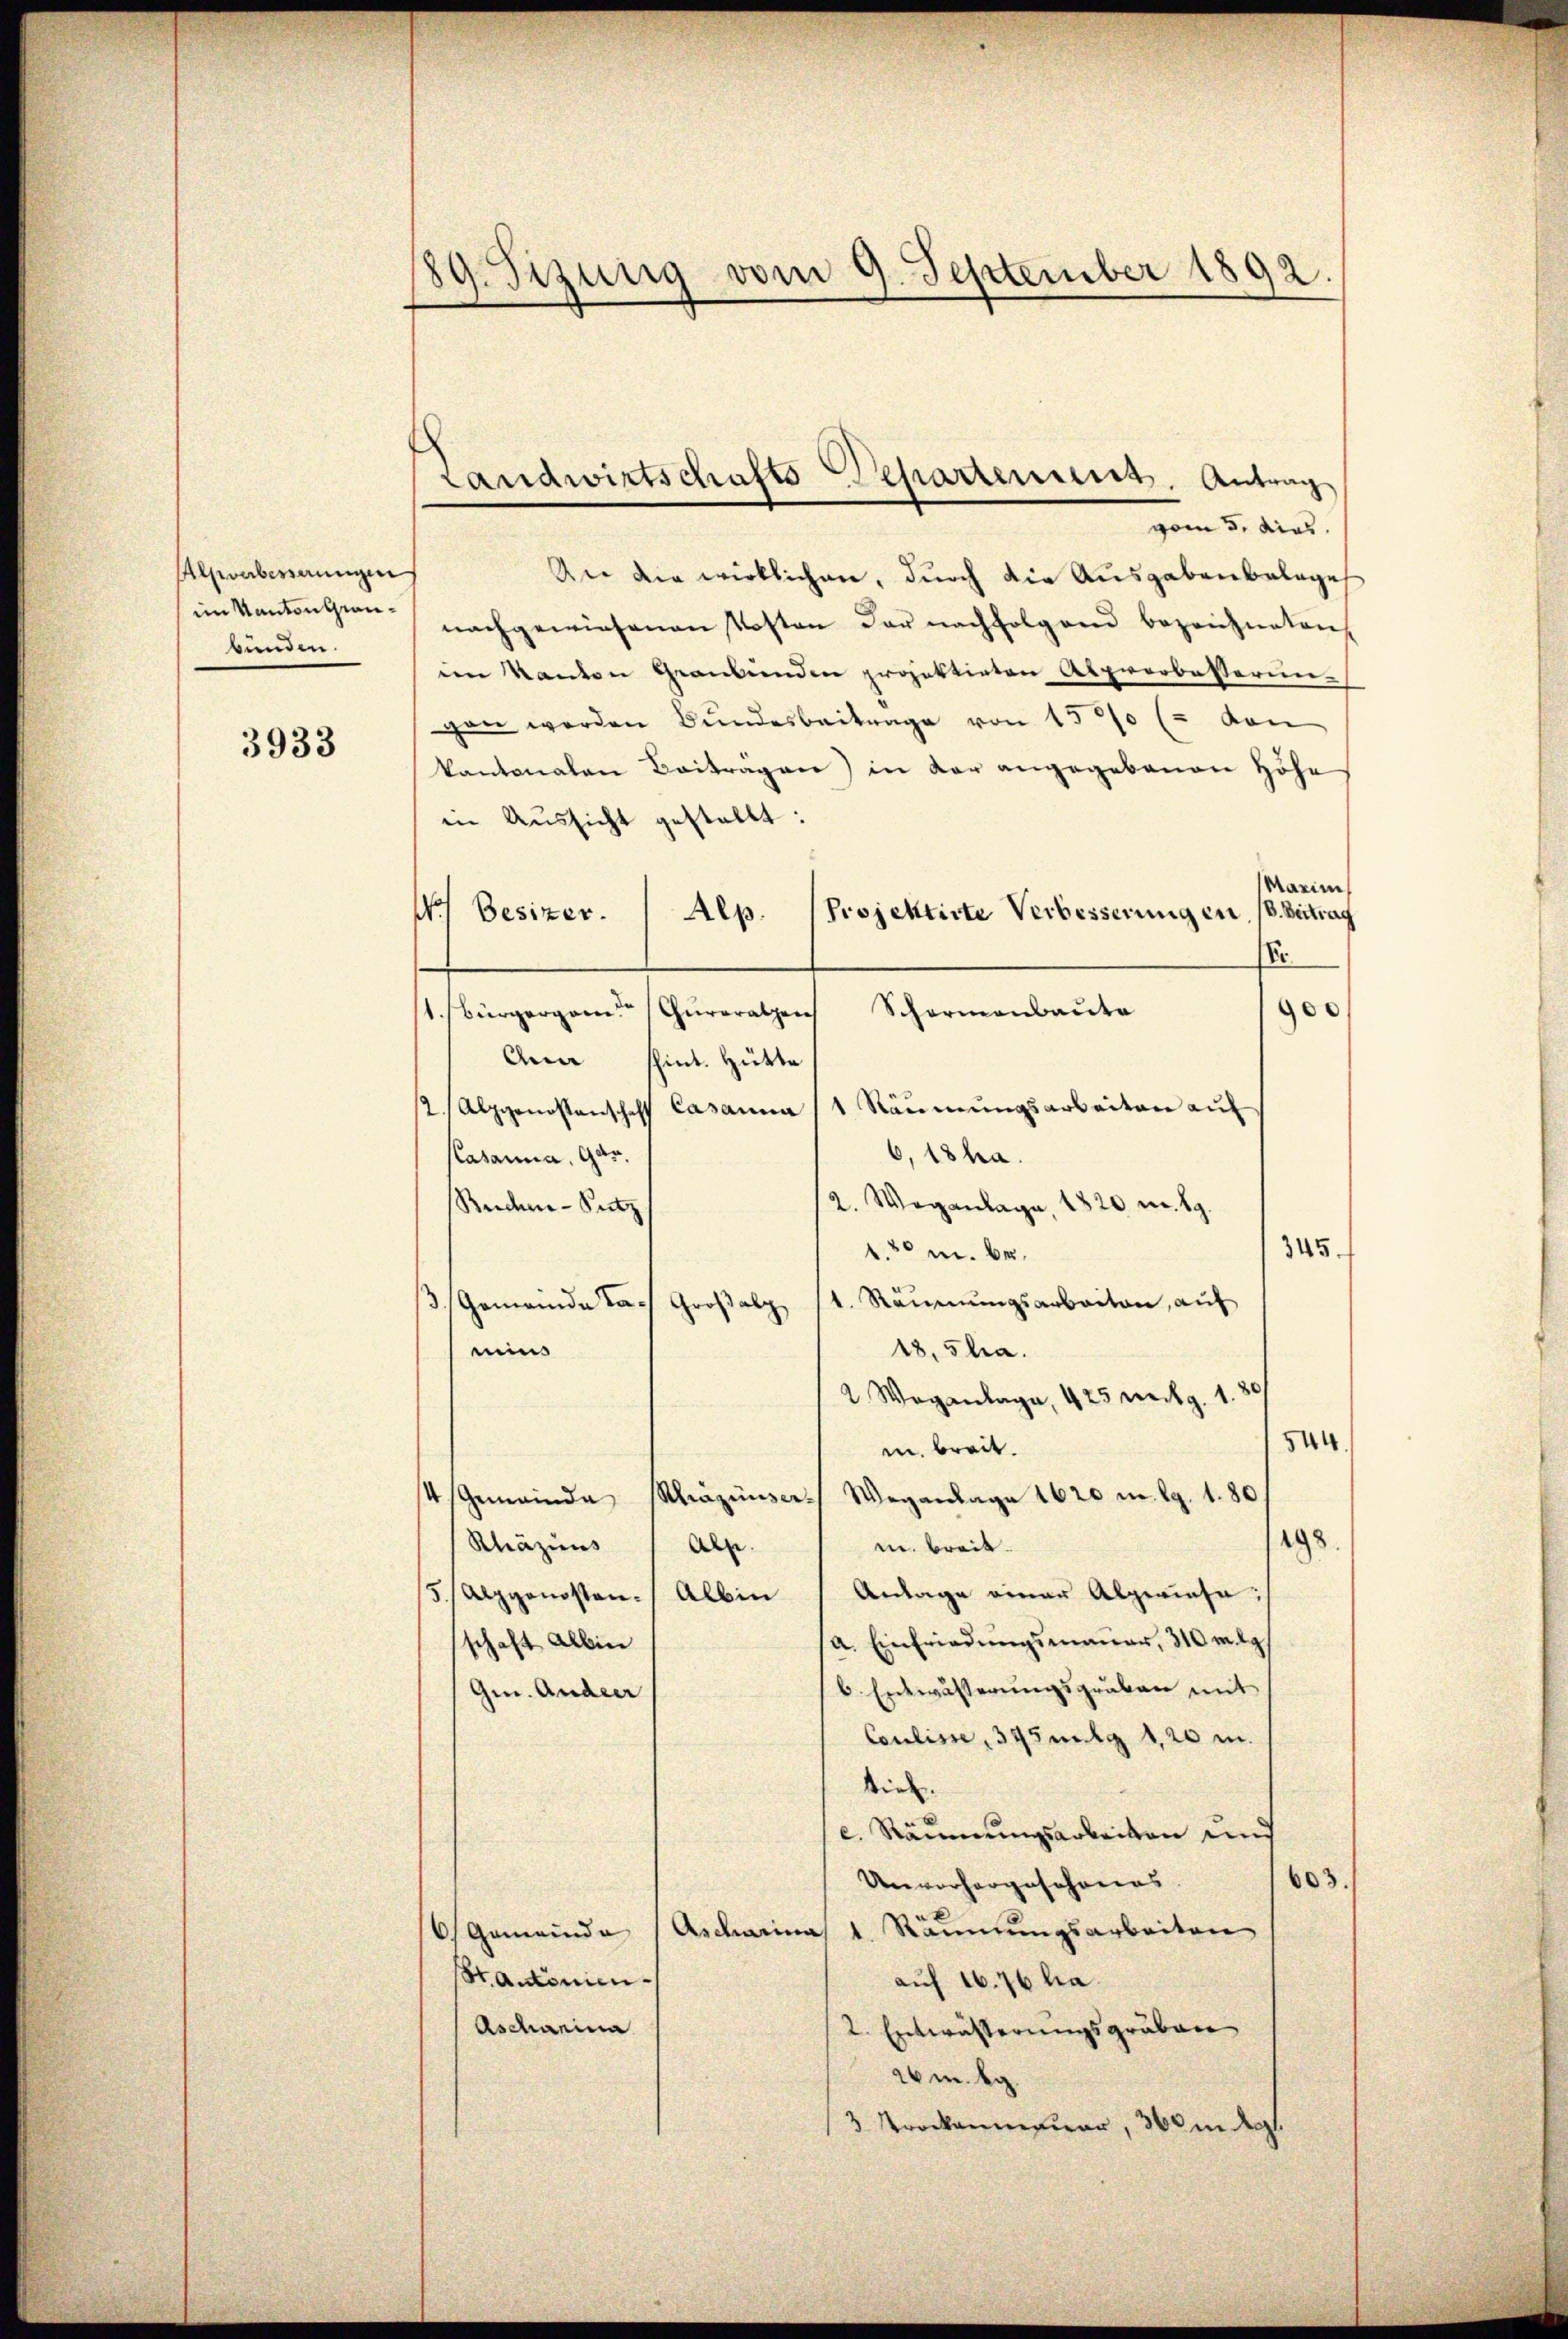
Alpverbesserungen
im Kanton Graubünden.

3933

89. Sizung vom 9. September 1892.

Landwirtschafts Departement. Antrag

vom 5. dies
An die wirklichen, durch die Ausgabenbelages
nachgewiesenen Kosten der nachfolgend bezeichneten
im Kanton Graubünden projektirten Alprerbesterungan werden Bŭndesbeitrage von 1500 ( von
kantonalen Beitragen) in der angegebenen Höhe
in Aussicht gestellt:
Marie
18. Dietrag
Projektirte Verbesserungen,
) Besizer. Alp.
Er
1. Bürgergane (Curoralen Schormanbaute
900
Anna schint. Hütte
(2. Alpgenossenschaft Casanna (1 Räŭmŭngsarbeiten auf
6,18 ha.
Pasanna, Gar¬
2. Weganlage, 1820 m. S.
Seider-Sutz
345.
1.50 m. be
3. Gemeinde das Großalp 11. Räumungsarbeiten, auf
18, stra
eins
2 Waganlage 425 mitg. 1. 80
544
m breit.
4 Gemeinde Khäzinser Wegenlage 1620 n 9. 1. 80
198.
Rhäzins
m. breit.
Al.
5/ Alpgenosten. Albin 1 Anlage einer Alpwieta:/
(a. Einfriedungsmauer, 310 m 29.
schaft Albin
b. Entwässerungsgruben mit
Gen. Ander
Coulisse, 345 mg 120 m.
siel.
e. Räumungsarbeiten und
603.
Unvorhergeschonens
6 Gemeinde (Ascharina 1. Räumungsarbeiten
raidonien
auf 10. 76 ha.
Ascharina
2. Entwässerungsgräben
26m. g
3 Prockenmauer 360 m de